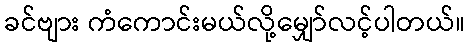
ခင်ဗျား ကံကောင်းမယ်လို့မျှော်လင့်ပါတယ်။